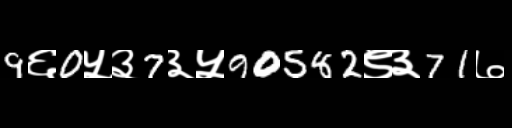
Text: 9६0५३7३५90582९३71७